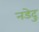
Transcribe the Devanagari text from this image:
नडेदु